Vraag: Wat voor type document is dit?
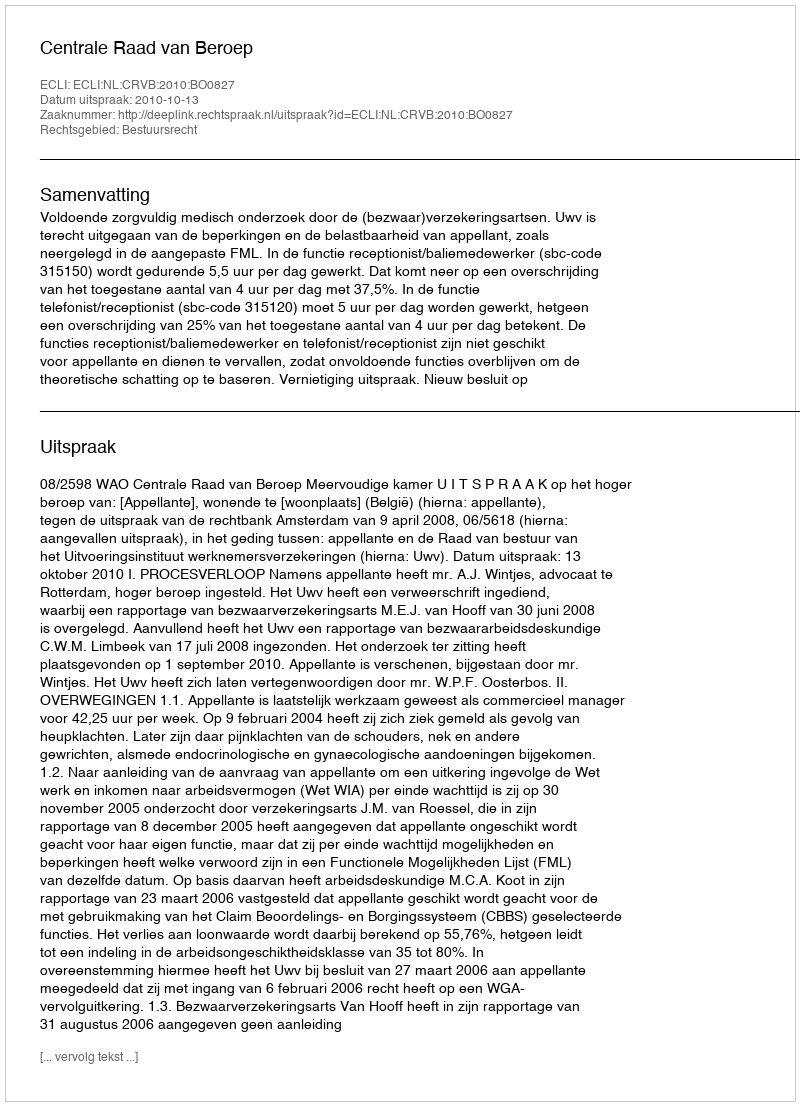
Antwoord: Uitspraak